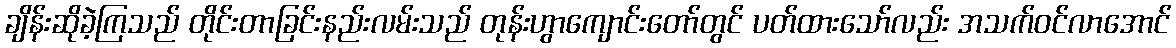
ချိန်းဆိုခဲ့ကြသည် တိုင်းတာခြင်းနည်းလမ်းသည် တုန်းဟွာကျောင်းတော်တွင် ပတ်ထားသော်လည်း အသက်ဝင်လာအောင်